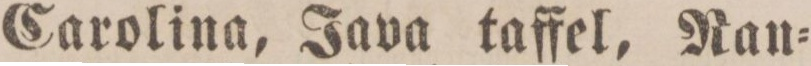
Carolina, Java taffel, Ran=